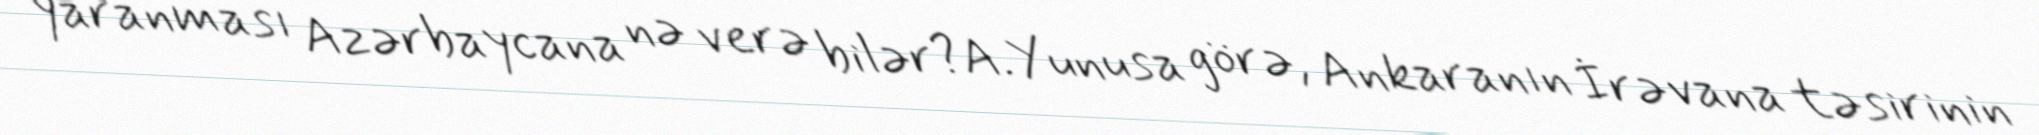
yaranması Azərbaycana nə verə bilər?A.Yunusa görə, Ankaranın İrəvana təsirinin